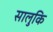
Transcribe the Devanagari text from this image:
सालुकि